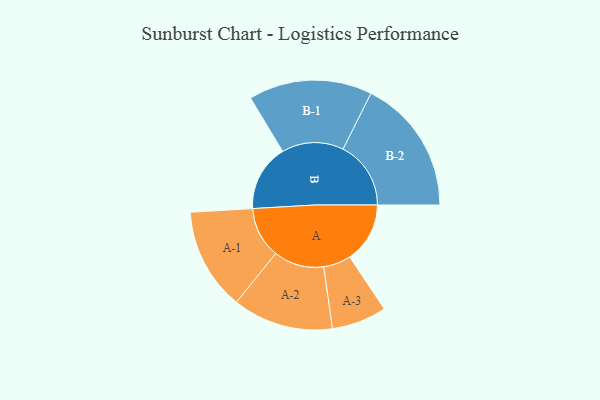
{"axis": {"x": "Segment", "y": "Value"}, "legend": ["", "A", "B"], "data": [{"x": "A", "y": 237, "type": ""}, {"x": "B", "y": 262, "type": ""}, {"x": "A-1", "y": 201, "type": "A"}, {"x": "A-2", "y": 198, "type": "A"}, {"x": "A-3", "y": 108, "type": "A"}, {"x": "B-1", "y": 243, "type": "B"}, {"x": "B-2", "y": 267, "type": "B"}]}